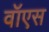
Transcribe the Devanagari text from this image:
वॉएस